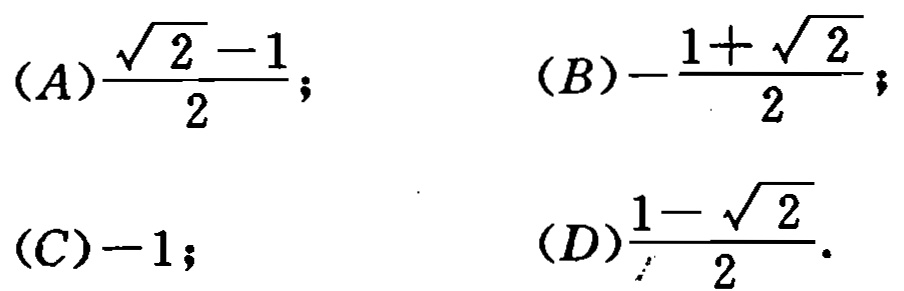
(A)$\frac{\sqrt{2}-1}{2}$; (B)$-\frac{1 + \sqrt{2}}{2}$; (C)$-1$; (D)$\frac{1-\sqrt{2}}{2}$